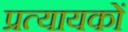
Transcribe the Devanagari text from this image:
प्रत्यायकों